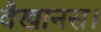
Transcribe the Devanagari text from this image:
वैखानस।